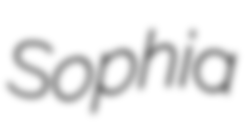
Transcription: Sophia